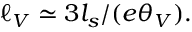
\ell _ { V } \simeq { 3 l _ { s } } / ( { e \theta _ { V } } ) .